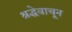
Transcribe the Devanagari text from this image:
श्रद्धेवाचून